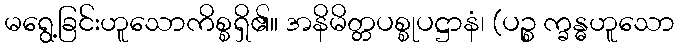
မရွေ့ခြင်းဟူသောကိစ္စရှိ၏။ အနိမိတ္တပစ္စုပဋ္ဌာနံ၊ (ပဉ္စ က္ခန္ဓဟူသော